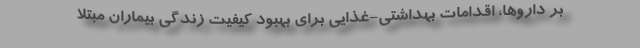
بر داروها، اقدامات بهداشتی-غذایی برای بهبود کیفیت زندگی بیماران مبتلا